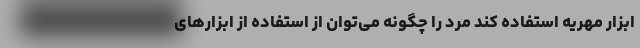
ابزار مهریه استفاده کند مرد را چگونه می‌توان از استفاده از ابزارهای